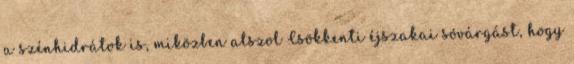
a szénhidrátok is, miközben alszol Csökkenti éjszakai sóvárgást, hogy